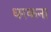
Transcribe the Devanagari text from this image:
धरकना